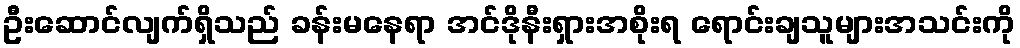
ဦးဆောင်လျက်ရှိသည် ခန်းမနေရာ အင်ဒိုနီးရှားအစိုးရ ရောင်းချသူများအသင်းကို